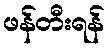
ဖန်တီးရန်